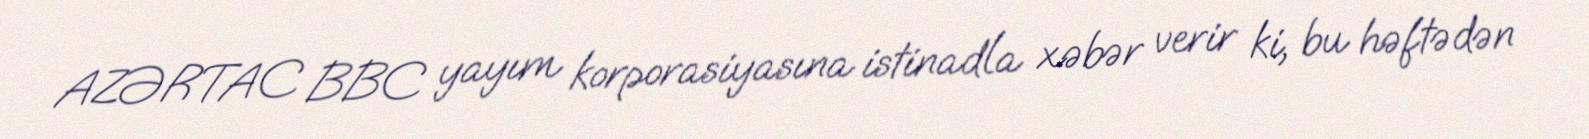
AZƏRTAC BBC yayım korporasiyasına istinadla xəbər verir ki, bu həftədən